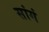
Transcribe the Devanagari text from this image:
सांगं